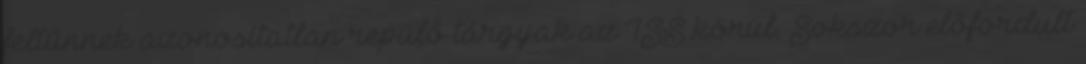
feltűnnek azonosítatlan repülő tárgyak az ISS körül. Sokszor előfordult